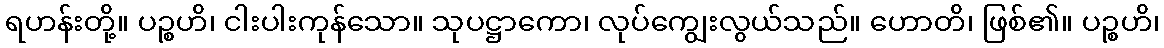
ရဟန်းတို့။ ပဉ္စဟိ၊ ငါးပါးကုန်သော။ သုပဋ္ဌာကော၊ လုပ်ကျွေးလွယ်သည်။ ဟောတိ၊ ဖြစ်၏။ ပဉ္စဟိ၊